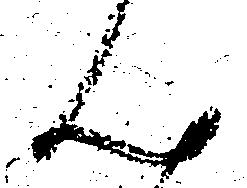
ん